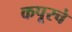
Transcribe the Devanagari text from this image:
कपूरचे